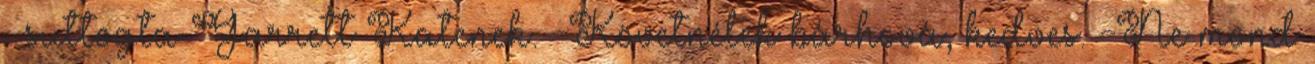
– suttogta Garrett Katenek. -Követnélek bárhová, kedves. -Ne mond